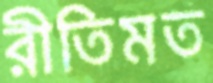
রীতিমত